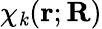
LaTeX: \chi_{\mathit{k}}(\mathbf{{r}};\mathbf{{R}})